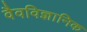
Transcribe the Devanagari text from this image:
वैवविज्ञानिक